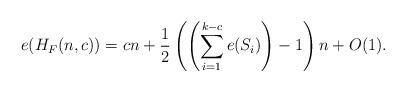
LaTeX: \begin{align*}e(H_F(n,c)) = cn + \frac{1}{2}\left(\left(\sum_{i=1}^{k-c} e(S_i)\right)-1\right)n+O(1).\end{align*}